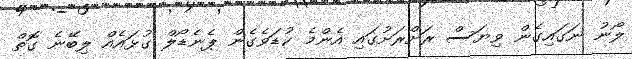
ލޯނު ނަގައިގެން ވިޔަސް ރަށްރަށުގައި އެންމެ ކުޑަވެގެން ޕެނެޑޯލް ގުޅައެއް ލިބޭނެ ގޮތް